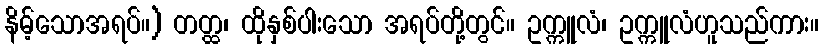
နိမ့်သောအရပ်။) တတ္ထ၊ ထိုနှစ်ပါးသော အရပ်တို့တွင်။ ဥက္ကူလံ၊ ဥက္ကူလံဟူသည်ကား။